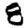
Digit: 8